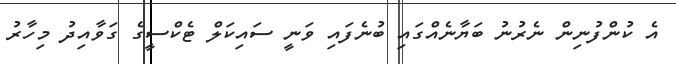
އެ ކުންފުނިން ނެރުނު ބަޔާނެއްގައި ބުނެފައި ވަނީ ސައިކަލް ޓެކްސީގެ ގަވާއިދު މިހާރު